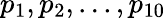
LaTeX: p_{1},p_{2},...,p_{10}